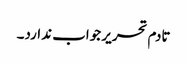
تادم تحریر جواب ندارد۔